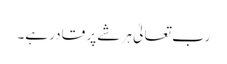
رب تعالیٰ ہر شے پر قادر ہے۔